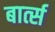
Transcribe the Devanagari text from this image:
बार्त्स